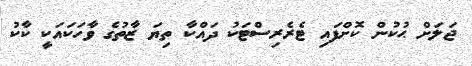
ޖަލަށް ޙުކުން ކޮށްފައި ޓެރެރިސްޓަކު ދައްކާ ތިޔަ ޒާތުގެ ވާހަކައަކީ ކާކު